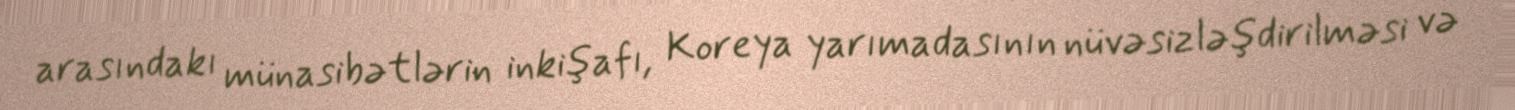
arasındakı münasibətlərin inkişafı, Koreya yarımadasının nüvəsizləşdirilməsi və